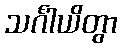
သင်္ဂါယိတွာ